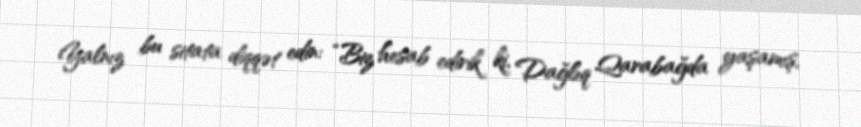
Yalnız bu sitata diqqət edin: “Biz hesab edirik ki, Dağlıq Qarabağda yaşamış,